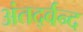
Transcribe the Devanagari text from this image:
अंतर्द्वन्द